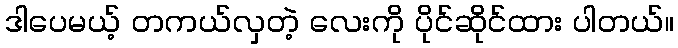
ဒါပေမယ့် တကယ်လှတဲ့ လေးကို ပိုင်ဆိုင်ထား ပါတယ်။